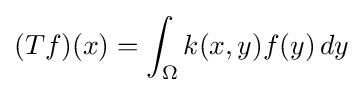
(Tf)(x)=\int _{\Omega }k(x,y)f(y)\,dy